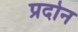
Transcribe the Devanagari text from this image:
प्रदोन